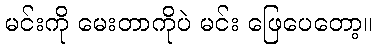
မင်းကို မေးတာကိုပဲ မင်း ဖြေပေတော့။